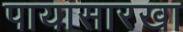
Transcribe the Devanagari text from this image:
पायासारखा